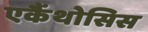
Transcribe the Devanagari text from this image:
एकैंथोसिस